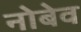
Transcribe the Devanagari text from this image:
नोबेव